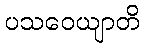
ပသဝေယျာတိ